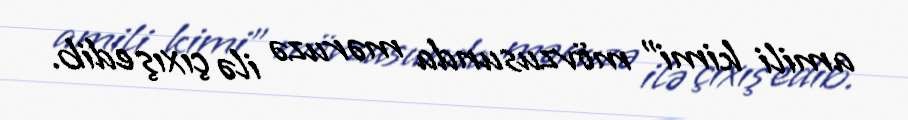
amili kimi” mövzusunda məruzə ilə çıxış edib.